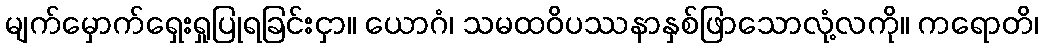
မျက်မှောက်ရှေးရှုပြုရခြင်းငှာ။ ယောဂံ၊ သမထဝိပဿနာနှစ်ဖြာသောလုံ့လကို။ ကရောတိ၊